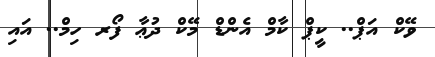
ވޭކް އަޕް.. ކީޕް ކާމް އެންޑް މޭކް ދުޢާ ފޯރ ހިމް.. އައި